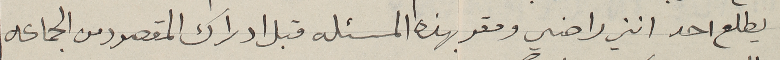
يطلع احد انني راضي ومقر بهذه المسئله قبل ادراك المقصود من الجماعه